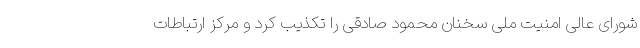
شورای عالی امنیت ملی سخنان محمود صادقی را تکذیب کرد و مرکز ارتباطات